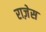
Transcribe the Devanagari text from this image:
राज़ेस